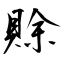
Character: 賖